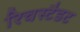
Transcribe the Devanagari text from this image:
रिचस्टैडट